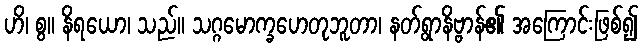
ဟိ၊ စွ။ နိရယော၊ သည်။ သဂ္ဂမောက္ခဟေတုဘူတာ၊ နတ်ရွာနိဗ္ဗာန်၏ အကြောင်းဖြစ်၍